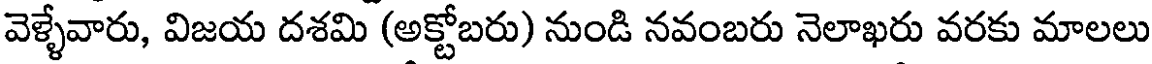
వెళ్ళేవారు, విజయ దశమి (అక్టోబరు) నుండి నవంబరు నెలాఖరు వరకు మాలలు